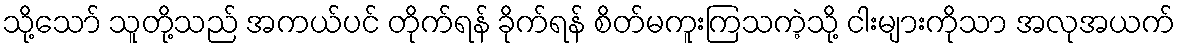
သို့သော် သူတို့သည် အကယ်ပင် တိုက်ရန် ခိုက်ရန် စိတ်မကူးကြသကဲ့သို့ ငါးများကိုသာ အလုအယက်